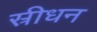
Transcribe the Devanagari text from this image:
स्रीधन